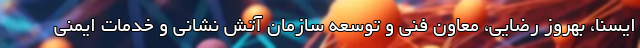
ایسنا، بهروز رضایی، معاون فنی و توسعه سازمان آتش نشانی و خدمات ایمنی